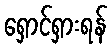
ရှောင်ရှားရန်